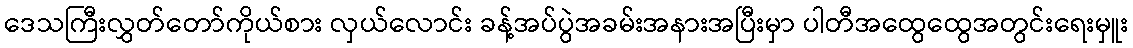
ဒေသကြီးလွှတ်တော်ကိုယ်စား လှယ်လောင်း ခန့်အပ်ပွဲအခမ်းအနားအပြီးမှာ ပါတီအထွေထွေအတွင်းရေးမှူး